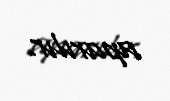
aparılır.